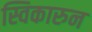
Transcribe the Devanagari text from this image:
स्विकारुन